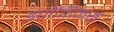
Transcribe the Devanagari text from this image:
इपौनिमस